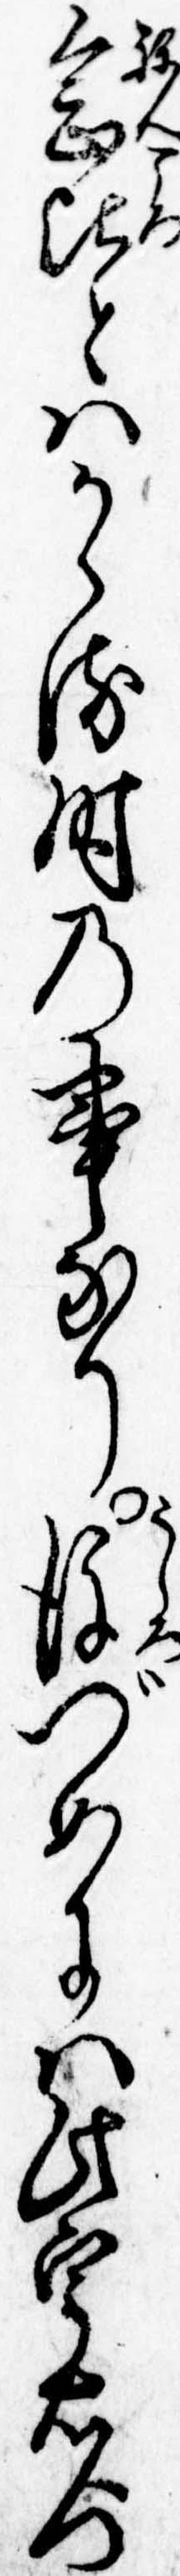
念比とはかゝる時の事なり後づめには此宇右門